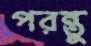
পরন্তু